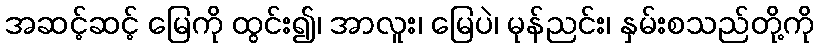
အဆင့်ဆင့် မြေကို ထွင်း၍၊ အာလူး၊ မြေပဲ၊ မုန်ညင်း၊ နှမ်းစသည်တို့ကို